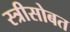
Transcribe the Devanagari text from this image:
स्त्रीसोबत